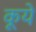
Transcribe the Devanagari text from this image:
कूये